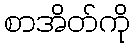
စာအိတ်ကို